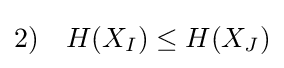
2)\quad H(X_{I})\leq H(X_{J})